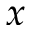
x